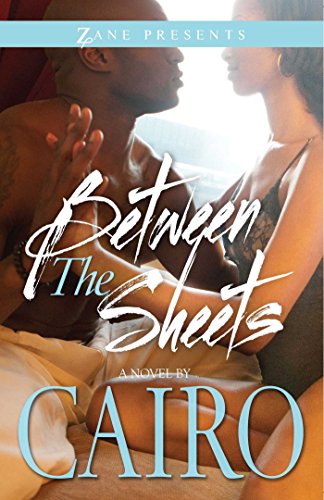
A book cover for Between the Sheets (Zane Presents); Cairo; Romance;